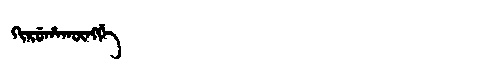
Manchu: ᡴᡳᡵᡠᡥᠠᡴᡡᠩᡤᡝ
Romanization: KIRUHAKŪNGGE